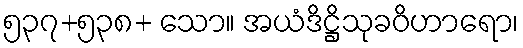
၅၃၇+၅၃၈+ သော။ အယံဒိဋ္ဌိသုခဝိဟာရော၊